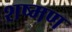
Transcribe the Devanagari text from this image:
शष्मण